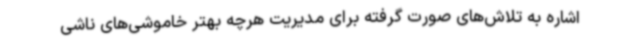
اشاره به تلاش‌های صورت گرفته برای مدیریت هرچه بهتر خاموشی‌های ناشی